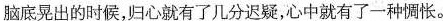
脑底晃出的时候，归心就有了几分迟疑，心中就有了一种惆怅。